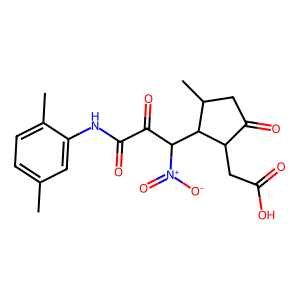
SMILES: Cc1ccc(C)c(NC(=O)C(=O)C(C2C(C)CC(=O)C2CC(=O)O)[N+](=O)[O-])c1
Inhibits HIV replication: No